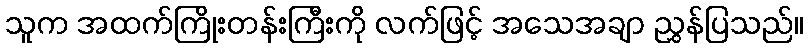
သူက အထက်ကြိုးတန်းကြီးကို လက်ဖြင့် အသေအချာ ညွှန်ပြသည်။